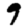
Digit: 9